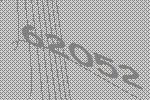
62052